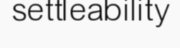
settleability